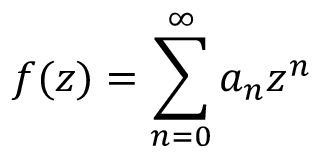
f ( z ) = \sum _ { n = 0 } ^ { \infty } a _ { n } z ^ { n }